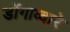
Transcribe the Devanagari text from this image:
डोंगाव्दारे